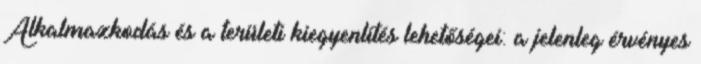
Alkalmazkodás és a területi kiegyenlítés lehetőségei: a jelenleg érvényes